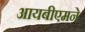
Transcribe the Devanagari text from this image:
आयबीएमने